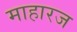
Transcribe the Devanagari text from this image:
माहारज